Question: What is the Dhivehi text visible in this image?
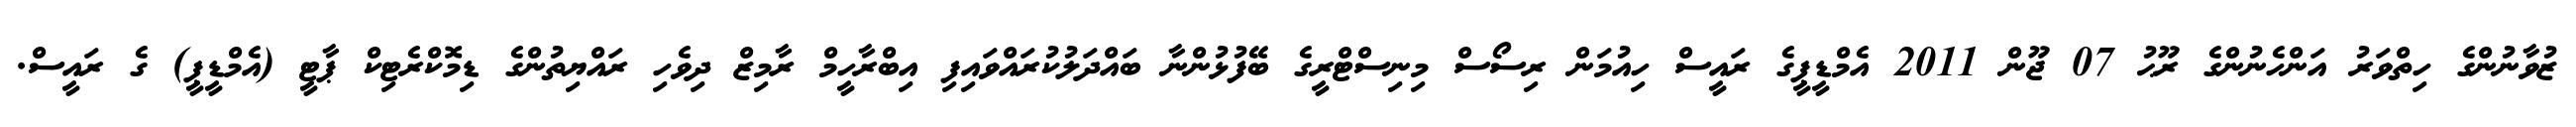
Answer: ޒުވާނުންގެ ހިތްވަރު އަންހެނުންގެ ރޫޙު 07 ޖޫން 2011 އެމްޑީޕީގެ ރައީސް ހިއުމަން ރިސޯސް މިނިސްޓްރީގެ ބޭފުޅުންނާ ބައްދަލުކުރައްވައިފި އިބްރާހީމް ރާމިޒް ދިވެހި ރައްޔިތުންގެ ޑިމޮކްރެޓިކް ޕާޓީ (އެމްޑީޕީ) ގެ ރައީސް.